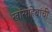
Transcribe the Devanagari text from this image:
खांसाहेबांची